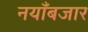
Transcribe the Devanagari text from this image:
नयाँबजार